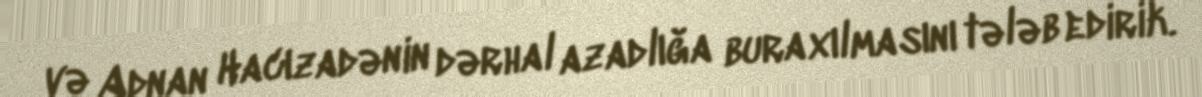
və Adnan Hacızadənin dərhal azadlığa buraxılmasını tələb edirik.